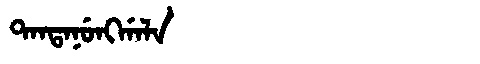
Manchu: ᡨᠠᠨᡨᠠᠨᡠᠩᡤᠠᠯᠠ
Romanization: TANTANUNGGALA